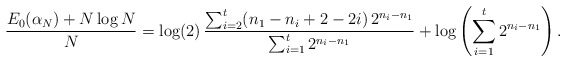
\begin{align*}\frac{E_{0}(\alpha_{N})+N\log N}{N}=\log(2)\,\frac{\sum_{i=2}^{t}(n_{1}-n_{i}+2-2i)\,2^{n_{i}-n_{1}}}{\sum_{i=1}^{t}2^{n_{i}-n_{1}}}+\log\left(\sum_{i=1}^{t}2^{n_{i}-n_{1}}\right).\end{align*}